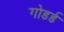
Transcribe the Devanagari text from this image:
गोडर्ड